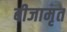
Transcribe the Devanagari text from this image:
बीजामृत